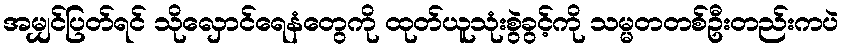
အမျှင်ပြတ်ရင် သိုလှောင်ရေနံတွေကို ထုတ်ယူသုံးစွဲခွင့်ကို သမ္မတတစ်ဦးတည်းကပဲ